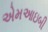
એમઆઇબી